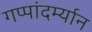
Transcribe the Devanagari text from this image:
गप्पांदर्म्यान